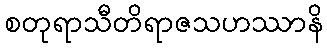
စတုရာသီတိရာဇသဟဿာနိ